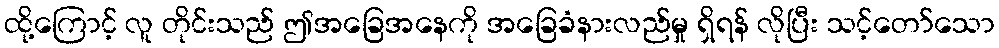
ထို့ကြောင့် လူ တိုင်းသည် ဤအခြေအနေကို အခြေခံနားလည်မှု ရှိရန် လိုပြီး သင့်တော်သော